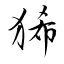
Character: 狶